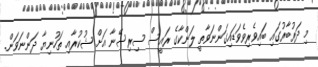
މި ދަރުބާރުގައި ބައިވެރިވެވަޑައިގަންނަވާތީ ލަންކާގެ ރައީސް ސިރިސޭނާ އަށް ޝުކުރާއި ތަހުނިޔާ ދަންނަވަން.